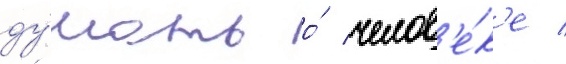
ду́мать о́ челов'е́к'е /